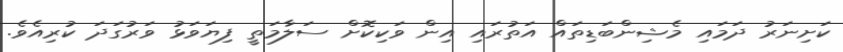
ކަށިނަރު ދަމައި މެޝިންބަޑިތައް އަތުރައި އިން ވަކިކޮށް ސަލާމަތީ ފިޔަވަޅު ވަރުގަދަ ކުރިއެވެ.